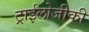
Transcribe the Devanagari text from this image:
ट्राईलोजीकी